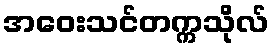
အဝေးသင်တက္ကသိုလ်